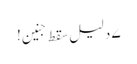
۷ دلیل سقط جنین!